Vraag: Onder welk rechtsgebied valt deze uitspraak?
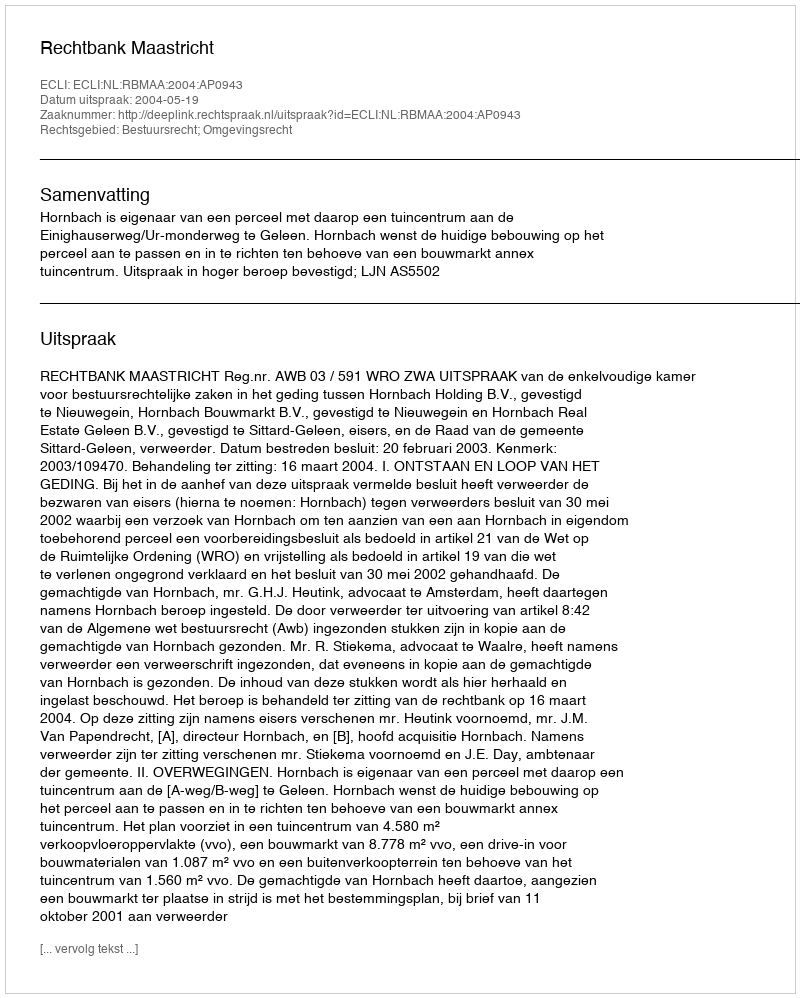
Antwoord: Bestuursrecht; Omgevingsrecht